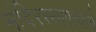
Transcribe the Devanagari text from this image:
मंदिरस्थापत्याचे